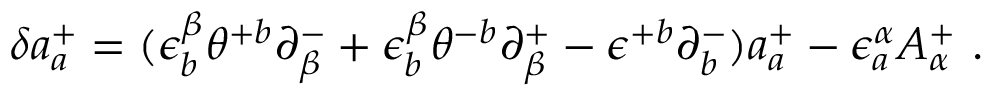
\delta a _ { a } ^ { + } = ( \epsilon _ { b } ^ { \beta } \theta ^ { + b } \partial _ { \beta } ^ { - } + \epsilon _ { b } ^ { \beta } \theta ^ { - b } \partial _ { \beta } ^ { + } - \epsilon ^ { + b } \partial _ { b } ^ { - } ) a _ { a } ^ { + } - \epsilon _ { a } ^ { \alpha } A _ { \alpha } ^ { + } \ .